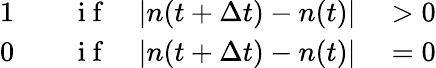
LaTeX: \begin{array}{rlrl}{1}&{{}\quad\mathrm{~i~f~}}&{|n(t+\Delta t)-n(t)|}&{{}>0}\\ {0}&{{}\quad\mathrm{~i~f~}}&{|n(t+\Delta t)-n(t)|}&{{}=0}\end{array}